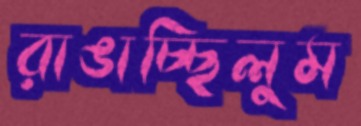
রাঙাচ্ছিলুম